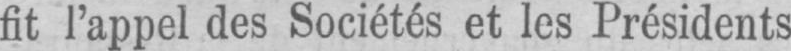
fit l’appel des Sociétés et les Présidents